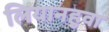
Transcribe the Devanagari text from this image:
लियानहुवा